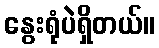
နွေးရုံပဲရှိတယ်။